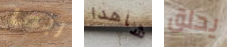
ربما شاهدا يحلق